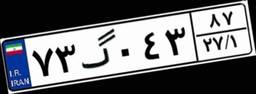
۷۳گ۰۴۳۸۷